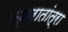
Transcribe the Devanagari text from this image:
उत्तरातांत्रा